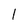
Character: 1